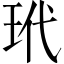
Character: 玳